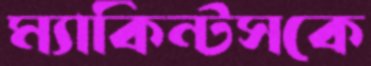
ম্যাকিন্টসকে